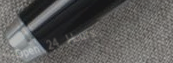
Open 24 Hours